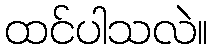
ထင်ပါသလဲ။